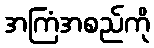
အကြံအစည်ကို